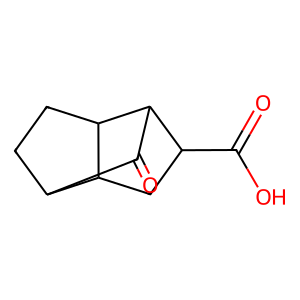
SMILES: O=C(O)C1CC2C3CCC2C1C3=O
Inhibits HIV replication: No